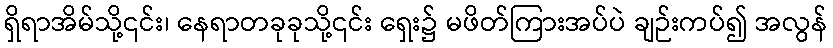
ရှိရာအိမ်သို့၎င်း၊ နေရာတခုခုသို့၎င်း ရှေး၌ မဖိတ်ကြားအပ်ပဲ ချဉ်းကပ်၍ အလွန်